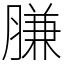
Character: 膁